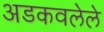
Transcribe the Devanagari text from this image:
अडकवलेले